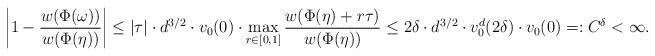
LaTeX: \begin{align*} \left| 1 - \frac{w(\Phi(\omega))}{w(\Phi(\eta))} \right| \leq |\tau| \cdot d^{3/2} \cdot v_0(0) \cdot \max_{r\in[0,1]} \frac{w(\Phi(\eta)+r\tau)}{w(\Phi(\eta))} \leq 2\delta \cdot d^{3/2} \cdot v_0^d (2\delta) \cdot v_0(0) =: C^\delta < \infty. \end{align*}